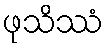
ဖုသိဿံ